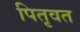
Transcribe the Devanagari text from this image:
पितृवत